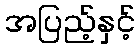
အပြည့်နှင့်